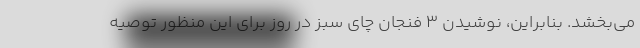
می‌بخشد. بنابراین، نوشیدن 3 فنجان چای سبز در روز برای این منظور توصیه